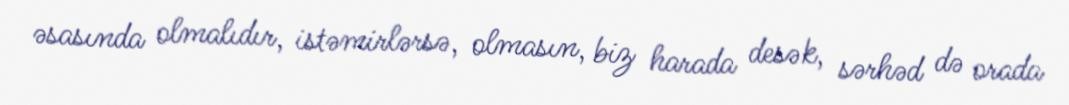
əsasında olmalıdır, istəmirlərsə, olmasın, biz harada desək, sərhəd də orada